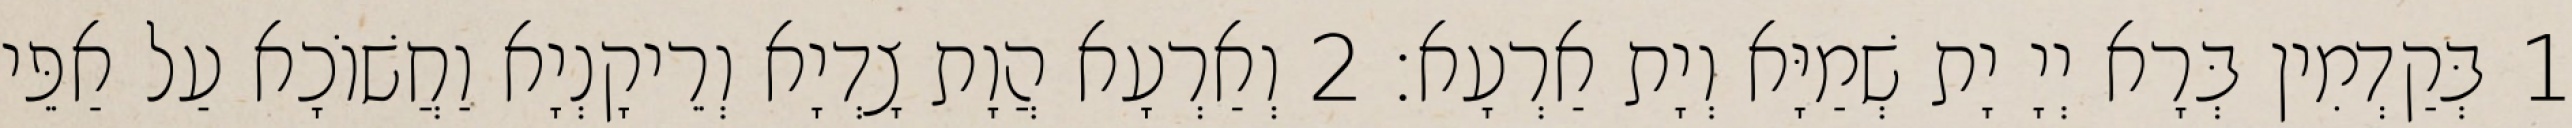
1 בְּקַדְמִין בְּרָא יְיָ יָת שְׁמַיָּא וְיָת אַרְעָא׃ 2 וְאַרְעָא הֲוָת צָדְיָא וְרֵיקָנְיָא וַחֲשׁוֹכָא עַל אַפֵּי